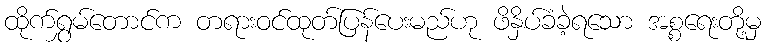
ထိုက်ရွှမ်တောင်က တရားဝင်ထုတ်ပြန်ပေးမည်ဟု ဖိနှိပ်ခံခဲ့ရသော အစ္စရေးတို့မှ